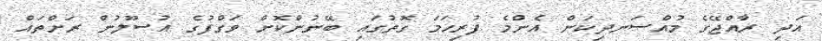
އަދި ރާއްޖޭގެ މުއްސަނދިކަން އެންމެ ފުރިހަމަ ގޮތުގައި ބޭނުންކޮށް ވަގްފުގެ އުސޫލުން ރަށްތައް